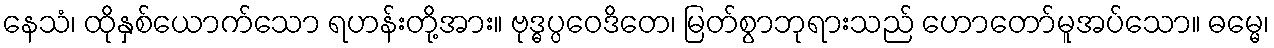
နေသံ၊ ထိုနှစ်ယောက်သော ရဟန်းတို့အား။ ဗုဒ္ဓပ္ပဝေဒိတေ၊ မြတ်စွာဘုရားသည် ဟောတော်မူအပ်သော။ ဓမ္မေ၊